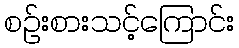
စဉ်းစားသင့်ကြောင်း